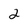
Character: 2